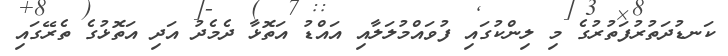
ކަނޑުދަތުރުފަތުރުގެ މި ލިންކުގައި ފުވައްމުލަލާއި އައްޑު އަތޮޅާ ދެމެދު އަދި އަތޮޅުގެ ތެރޭގައި